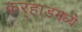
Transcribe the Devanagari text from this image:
कर्‍हाडमध्ये